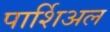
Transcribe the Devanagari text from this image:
पार्शिअल